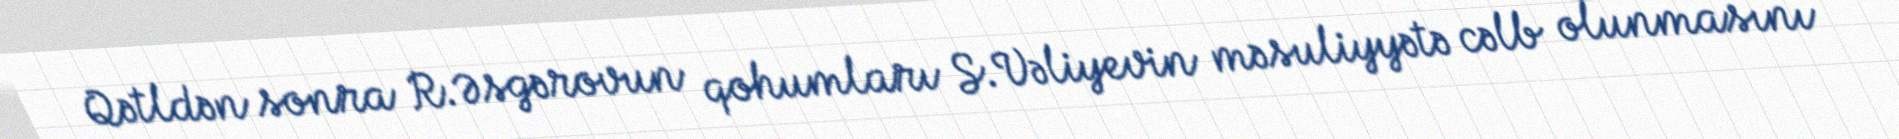
Qətldən sonra R.Əsgərovun qohumları S.Vəliyevin məsuliyyətə cəlb olunmasını